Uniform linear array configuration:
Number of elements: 48
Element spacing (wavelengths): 1
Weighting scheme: cosine
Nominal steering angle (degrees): -15
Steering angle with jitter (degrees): -15.431
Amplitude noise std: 0.05
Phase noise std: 0.05

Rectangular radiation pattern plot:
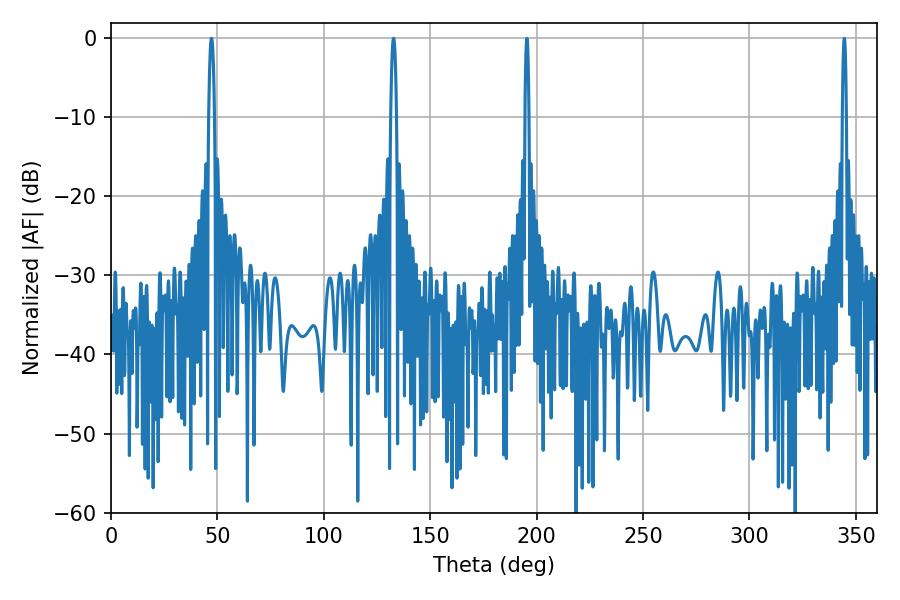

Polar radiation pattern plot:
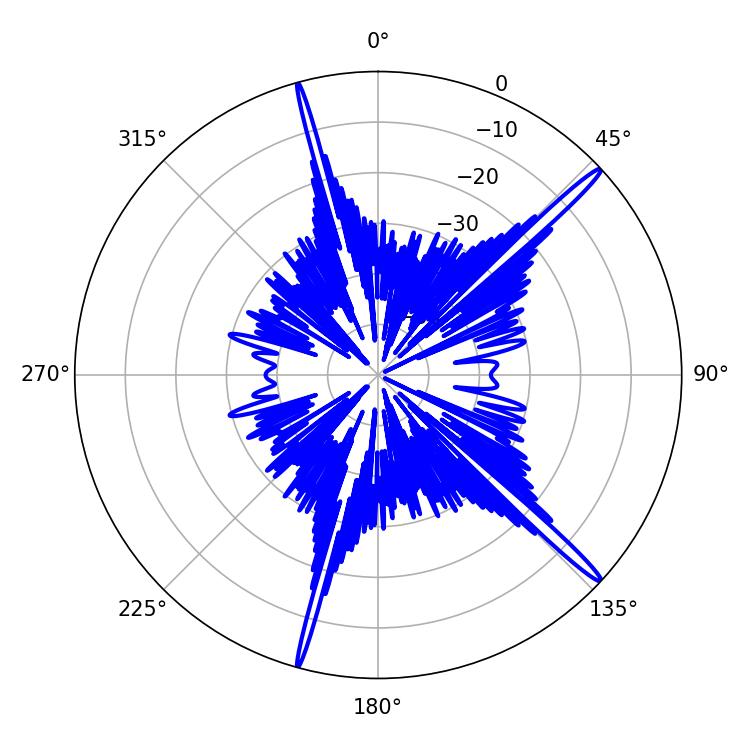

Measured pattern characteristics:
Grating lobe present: TRUE
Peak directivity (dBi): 17.713
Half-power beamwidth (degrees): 1.44
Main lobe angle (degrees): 47.16